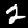
Label: 2